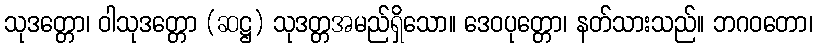
သုဒတ္တော၊ ဝါသုဒတ္တော (ဆဋ္ဌ) သုဒတ္တအမည်ရှိသော။ ဒေဝပုတ္တော၊ နတ်သားသည်။ ဘဂဝတော၊